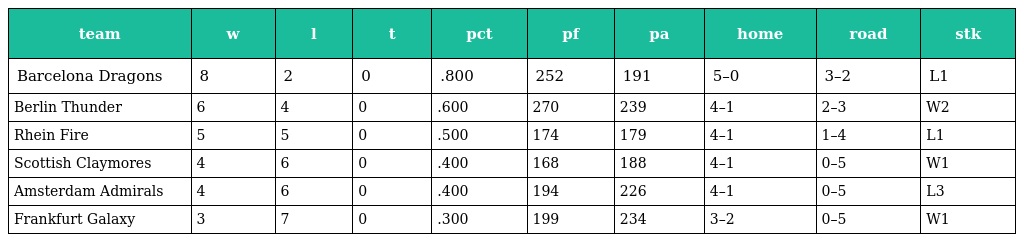
| team | w | l | t | pct | pf | pa | home | road | stk |
 | --- | --- | --- | --- | --- | --- | --- | --- | --- | --- |
 | Barcelona Dragons | 8 | 2 | 0 | .800 | 252 | 191 | 5–0 | 3–2 | L1 |
 | Berlin Thunder | 6 | 4 | 0 | .600 | 270 | 239 | 4–1 | 2–3 | W2 |
 | Rhein Fire | 5 | 5 | 0 | .500 | 174 | 179 | 4–1 | 1–4 | L1 |
 | Scottish Claymores | 4 | 6 | 0 | .400 | 168 | 188 | 4–1 | 0–5 | W1 |
 | Amsterdam Admirals | 4 | 6 | 0 | .400 | 194 | 226 | 4–1 | 0–5 | L3 |
 | Frankfurt Galaxy | 3 | 7 | 0 | .300 | 199 | 234 | 3–2 | 0–5 | W1 |